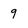
Character: 9